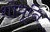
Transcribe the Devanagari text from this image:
शोधूनि